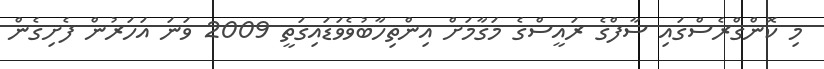
މި ކޮންގްރެސްގައި ސާފްގެ ރައީސްގެ މަގާމަށް އިންތިހާބުވެވަޑައިގަތީ 2009 ވަނަ އަހަރުން ފެށިގެން